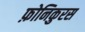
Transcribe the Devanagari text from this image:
फ़ोनिकुरस